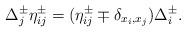
LaTeX: \begin{align*} \Delta_j^{\pm} \eta_{ij}^{\pm} = (\eta_{ij}^{\pm} \mp \delta_{x_i,x_j})\Delta_{i}^{\pm}.\end{align*}